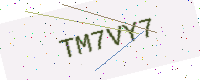
Text: TM7VY7